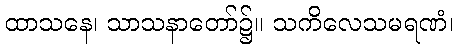
ထာသနေ၊ သာသနာတော်၌။ သကိလေသမရဏံ၊